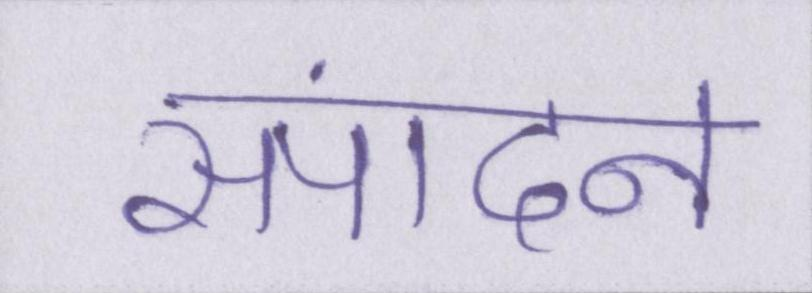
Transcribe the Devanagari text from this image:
संपादन